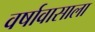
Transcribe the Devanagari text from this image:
वर्षावासाला